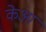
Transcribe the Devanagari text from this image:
केआ